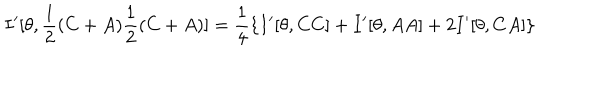
I ^ { \prime } [ \theta , \frac { 1 } { 2 } ( C + A ) \frac { 1 } { 2 } ( C + A ) ] = \frac { 1 } { 4 } \{ I ^ { \prime } [ \theta , C C ] + I ^ { \prime } [ \theta , A A ] + 2 I ^ { \prime } [ \theta , C A ] \}